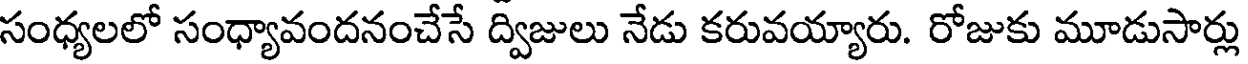
సంధ్యలలో సంధ్యావందనంచేసే ద్విజులు నేడు కరువయ్యారు. రోజుకు మూడుసార్లు